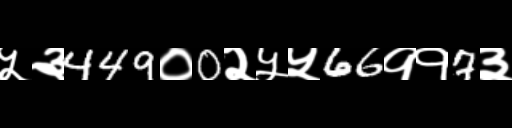
Text: ५३449०0२५५66११7३